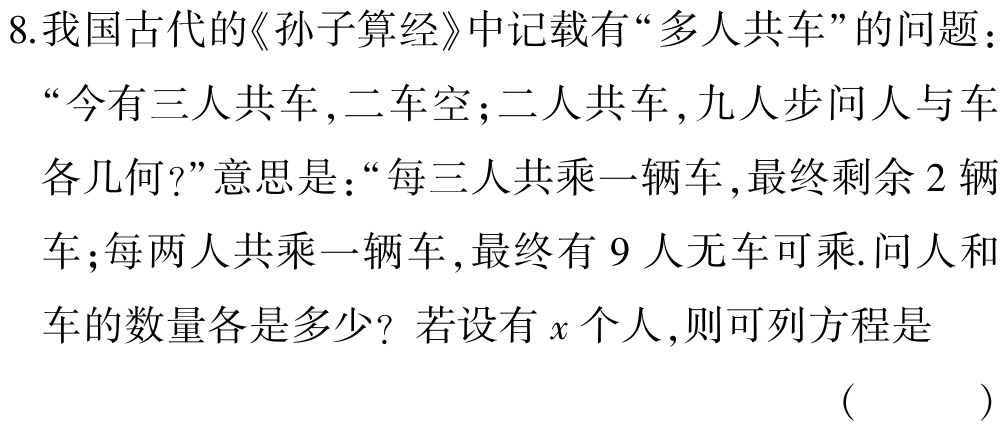
8.我国古代的《孙子算经》中记载有“多人共车”的问题：“今有三人共车,二车空;二人共车,九人步问人与车各几何?”意思是：“每三人共乘一辆车,最终剩余 2 辆车;每两人共乘一辆车,最终有 9 人无车可乘. 问人和车的数量各是多少？若设有\(x\)个人,则可列方程是 （  ）